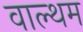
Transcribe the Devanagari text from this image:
वाल्थम